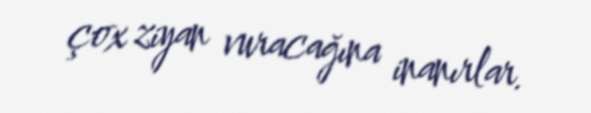
çox ziyan vuracağına inanırlar.